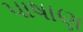
પાષાણ